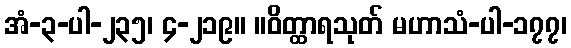
အံ-၃-ပါ-၂၃၅၊ ၄-၂၁၉။ ။ဝိတ္ထာရသုတ် မဟာသံ-ပါ-၁၇၇၊